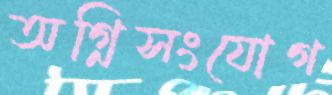
অগ্নিসংযোগ